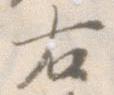
右